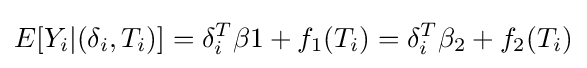
E[Y_{i}|(\delta _{i},T_{i})]=\delta _{i}^{T}\beta 1+f_{1}(T_{i})=\delta _{i}^{T}\beta _{2}+f_{2}(T_{i})